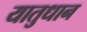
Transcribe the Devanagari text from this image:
यातुधान